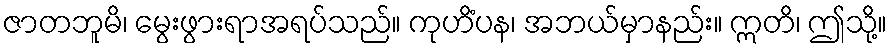
ဇာတဘူမိ၊ မွေးဖွားရာအရပ်သည်။ ကုဟိံပန၊ အဘယ်မှာနည်း။ ဣတိ၊ ဤသို့။